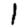
Digit: 1